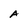
Character: A